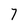
Character: 7